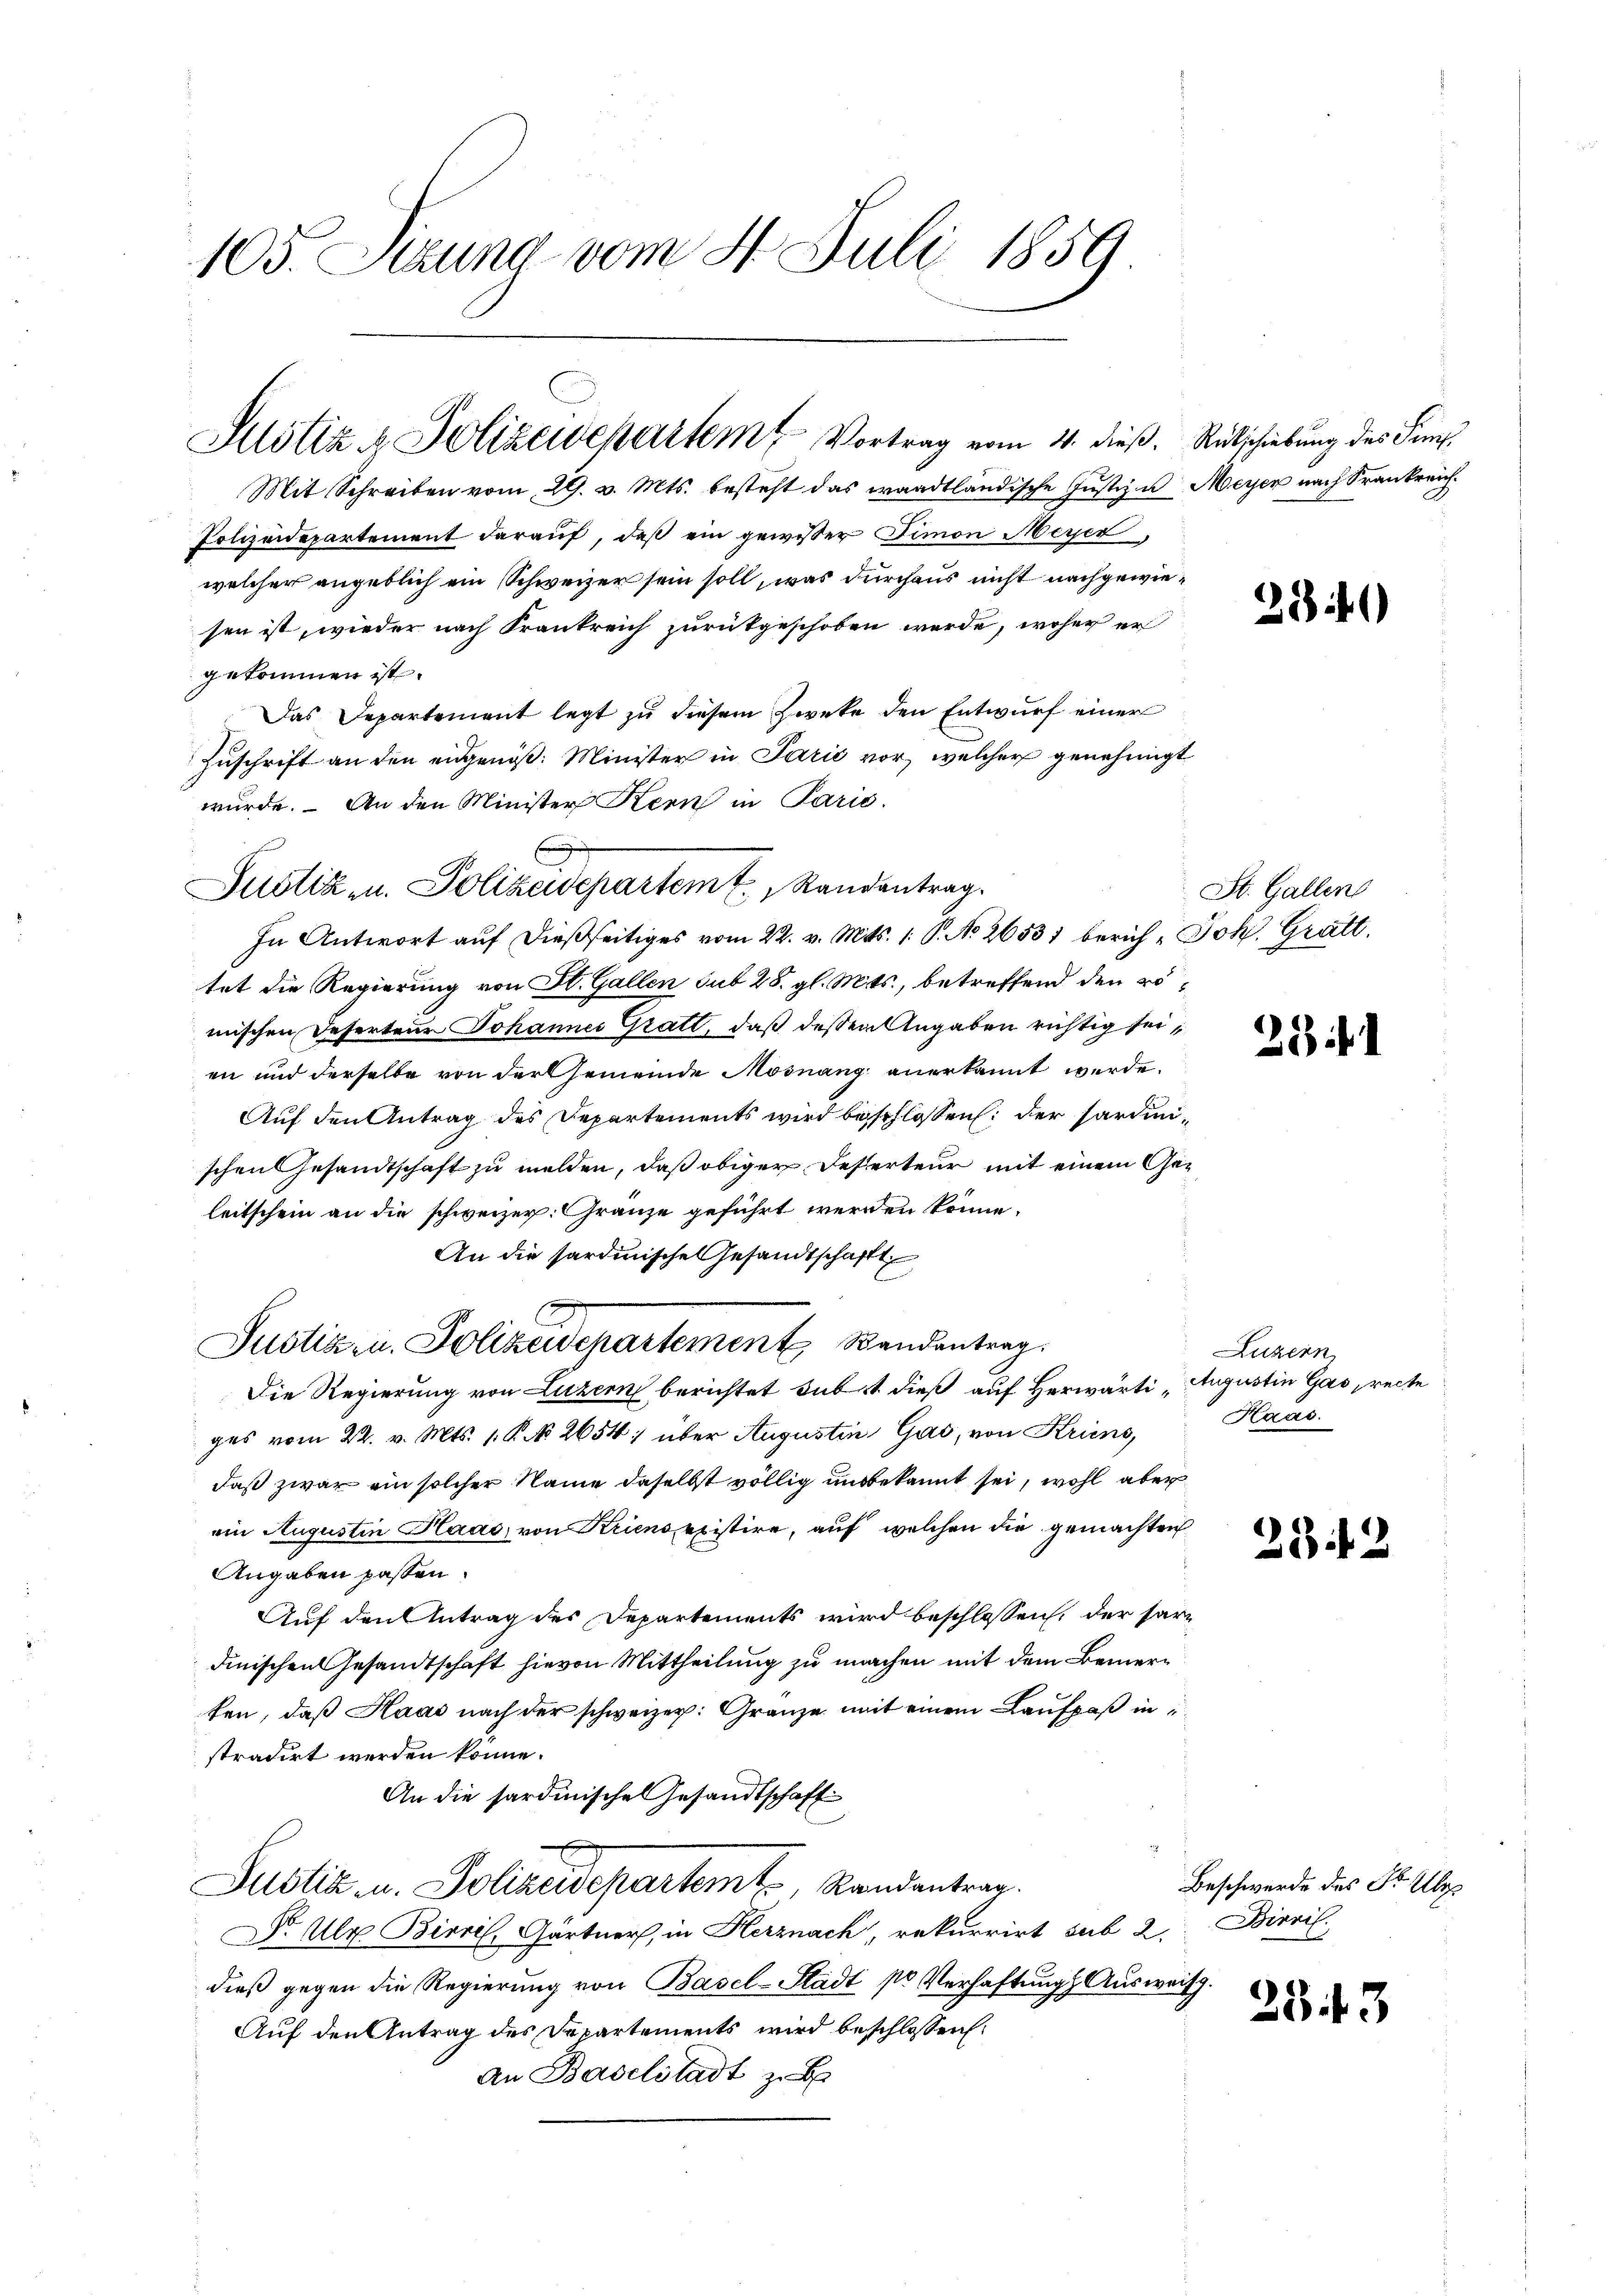
105. Setzung vom 8. Juli 1859

Justiz & Polizeidepartem Vortrag vom 14. dieß. Rutschiebung des Semp¬

Mit Schreiben vom 29. v. Mts. besteht das waadtländische Justiz- u Meyer nach Krankreich
Polizeidepartement daraŭf, daß ein gewisser Fimon Meyer
welcher angeblich ein Schweizer sein soll, was durchaus nicht nachgewiesen ist, wieder nach Krankreich zurükgeschoben werde, woher er
gekommen ist.
Das Departement legt zŭ diesem Zweke den Entwurf einer
Zuschrift an den eidgenöß: Minister in Parić vor, welcher genehmigt
wurde. An den Minister Kern in Parić.
In Antwort auf dießseitiges vom 22. v. Mts. 1. P. No. 26531 berich, Joh. Gratt.
tet die Regierung von St. Gallen sub 28. gl. Mts., betreffend den vo
mischen Deserteur Johannes Gratt, daß deßen Angaben richtig seien und derselbe von der Gemeinde Mosnang anerkannt werde.
Auf den Antrag des Departements wird beschlossen: der Sardinischen Gesandtschaft zu melden, daß obiger Deserteur mit einem Geleitschein an die schweizer. Gränze geführt werden könne,
An die Sardinische Gesandtschafft
Justiz u. Polizeidepartement Bandenberg.
Die Regierung von Luzern berichtet subst dieß auf Herwärtiges vom 22. v. Mts. 1. P. N. 2654; über Augustin Gas, von Kriens,
daß zwar ein solcher Name daselbst völlig unbekannt sei, wohl aber
oin Augustin Haas, von Kriens existire, auf welchen die gemachten
Angaben passen.
Auf den Antrag des Departements wird beschlossen, der sardinischen Gesandtschaft hievon Mittheilung zu machen mit dem Bemerten, daß Haas nach der schweizer: Granze mit einem Laufpaß instradirt werden könne.
An die sardinische Gesandtschaft
Justiz u. Polizeidepartem Randantrag.
Dr Ulr Birri, Gärtner, in Herznach, rekurrirt sub 2. Birril
dieß gegen die Regierung von Basel-Stadt pr Verhaftung Auswe
Auf den Antrag des Departements wird beschlossen:
An Baselstadt zu b

Justiz- u. Polizeidepartem Randentrag.

281)

St. Gallen

21 f 1

Luzern,
Augustin Gas recte
Haas

252

Beschwerde des Fr. Ube

23.13